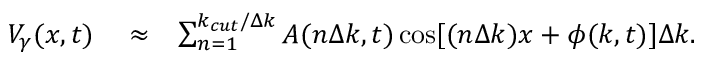
\begin{array} { r l r } { V _ { \gamma } ( x , t ) } & { { } \approx } & { \sum _ { n = 1 } ^ { k _ { c u t } / \Delta k } A ( n \Delta k , t ) \cos [ ( n \Delta k ) x + \phi ( k , t ) ] \Delta k . } \end{array}